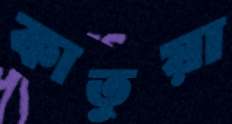
কাতুয়া